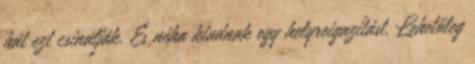
hát ezt csinálják. És néha kiadnak egy helyreigazítást. Lehetőleg